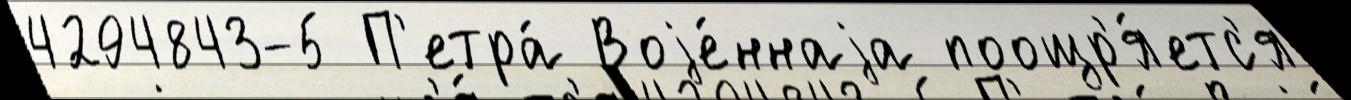
4294843-5 П'етра́ Воjе́ннаjа поощр'я́етс'я